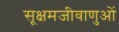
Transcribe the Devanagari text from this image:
सूक्षमजीवाणुओं